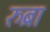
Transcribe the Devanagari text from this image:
रुब्रा